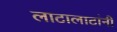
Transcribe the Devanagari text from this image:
लाटालाटांनी